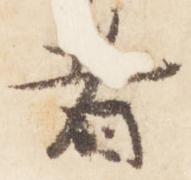
者